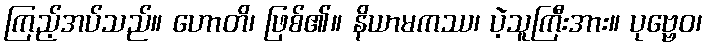
ကြည့်အပ်သည်။ ဟောတိ၊ ဖြစ်၏။ နိယာမကဿ၊ ပဲ့သူကြီးအား။ ပုဗ္ဗေဝ၊